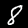
Label: 8